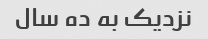
نزدیک به ده سال